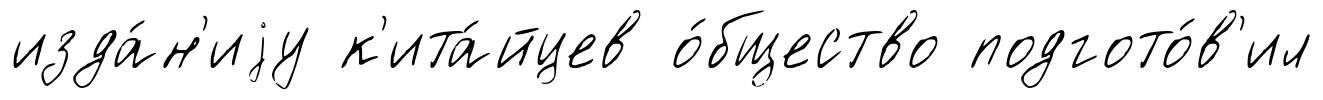
изда́н'иjу к'ита́йцев о́бщество подгото́в'ил